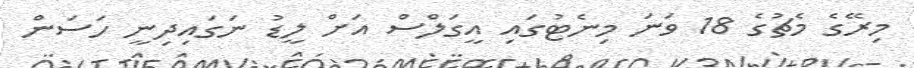
މިރޭގެ މެޗުގެ 18 ވަނަ މިނެޓުގައި އީގަލްސް އަށް ލީޑު ނަގައިދިނީ ހަސަން